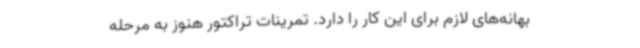
بهانه‌های لازم برای این کار را دارد. تمرینات تراکتور هنوز به مرحله